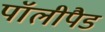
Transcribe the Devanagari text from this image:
पॉलीपैड